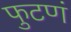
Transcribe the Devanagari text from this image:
फुटणं